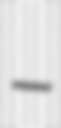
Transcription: –